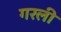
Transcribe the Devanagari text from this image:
गरली